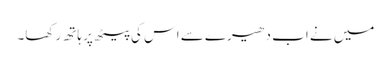
میں نے اب دھیرے سے اس کی پیٹھ پر ہاتھ رکھا۔